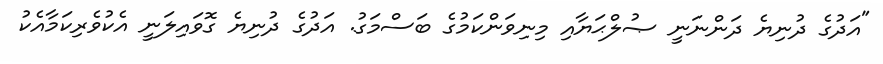
"އަދުގެ ދުނިޔެ ދަންނަނީ ޞުލްޙަޔާއި މިނިވަންކަމުގެ ބަސްމަގު. އަދުގެ ދުނިޔެ ގޮވައިލަނީ އެކުވެރިކަމާއެކު